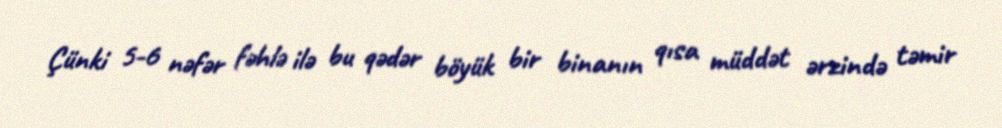
Çünki 5-6 nəfər fəhlə ilə bu qədər böyük bir binanın qısa müddət ərzində təmir